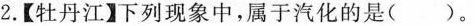
2.【牡丹江】下列现象中，属于汽化的是()。